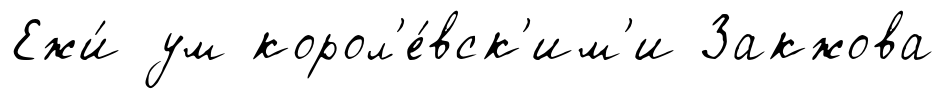
Ежи́ ум корол'е́вск'им'и Закжова